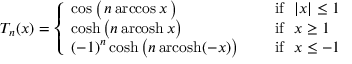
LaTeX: T _ { n } ( x ) = { \left\{ \begin{array} { l l } { \cos { \big ( } \, n \operatorname { a r c c o s } x \, { \big ) } \quad } & { { \mathrm { ~ i f ~ } } ~ | x | \leq 1 } \\ { \cosh { \big ( } n \operatorname { a r c o s h } x { \big ) } \quad } & { { \mathrm { ~ i f ~ } } ~ x \geq 1 } \\ { ( - 1 ) ^ { n } \cosh { \big ( } n \operatorname { a r c o s h } ( - x ) { \big ) } \quad } & { { \mathrm { ~ i f ~ } } ~ x \leq - 1 } \end{array} \right. }